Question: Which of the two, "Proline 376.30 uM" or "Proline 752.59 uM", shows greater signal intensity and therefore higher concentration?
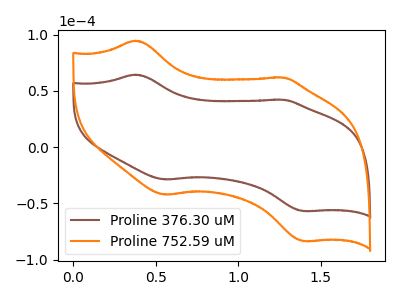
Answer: <think>The brown curve "Proline 376.30 uM" has anodic peaks at (0.40V, 64.35uA) (1.30V, 42.10uA) and cathodic peaks at (0.55V, -28.80uA) (1.40V, -56.90uA). The orange curve "Proline 752.59 uM" has anodic peaks at (0.40V, 94.55uA) (1.30V, 61.80uA) and cathodic peaks at (0.55V, -42.30uA) (1.40V, -83.60uA).
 All the peaks in "Proline 376.30 uM" have a peak in "Proline 752.59 uM" at the same potential. Every peak in "Proline 376.30 uM" is lower than every peak in "Proline 752.59 uM".</think>
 <answer>"Proline 376.30 uM" has less signal than "Proline 752.59 uM" and so likely has a lower concentration.</answer>
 <eval>less_concentration</eval>